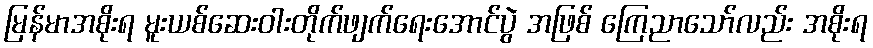
မြန်မာအစိုးရ မူးယစ်ဆေးဝါးတိုက်ဖျက်ရေးအောင်ပွဲ အဖြစ် ကြေညာသော်လည်း အစိုးရ